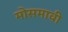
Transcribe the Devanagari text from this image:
मोसमावी